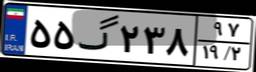
۵۵گ۲۳۸۹۷